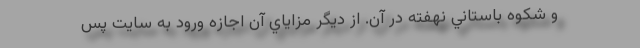
و شكوه باستاني نهفته در آن. از ديگر مزاياي آن اجازه ورود به سايت پس